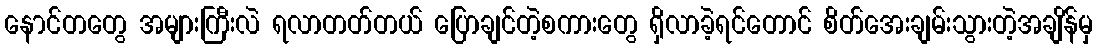
နောင်တတွေ အများကြီးလဲ ရလာတတ်တယ် ပြောချင်တဲ့စကားတွေ ရှိလာခဲ့ရင်တောင် စိတ်အေးချမ်းသွားတဲ့အချိန်မှ